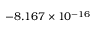
- 8 . 1 6 7 \times 1 0 ^ { - 1 6 }